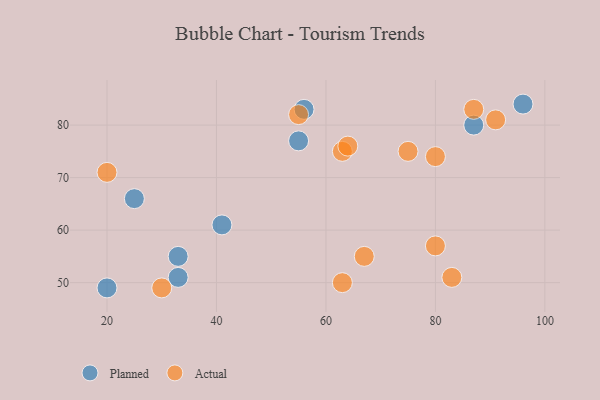
{"axis": {"x": "GDP", "y": "Life Expectancy"}, "legend": ["Actual", "Planned"], "data": [{"x": "55", "y": 77, "type": "Planned"}, {"x": "25", "y": 66, "type": "Planned"}, {"x": "41", "y": 61, "type": "Planned"}, {"x": "33", "y": 51, "type": "Planned"}, {"x": "33", "y": 55, "type": "Planned"}, {"x": "87", "y": 80, "type": "Planned"}, {"x": "56", "y": 83, "type": "Planned"}, {"x": "96", "y": 84, "type": "Planned"}, {"x": "20", "y": 49, "type": "Planned"}, {"x": "91", "y": 81, "type": "Actual"}, {"x": "80", "y": 57, "type": "Actual"}, {"x": "83", "y": 51, "type": "Actual"}, {"x": "63", "y": 75, "type": "Actual"}, {"x": "55", "y": 82, "type": "Actual"}, {"x": "64", "y": 76, "type": "Actual"}, {"x": "80", "y": 74, "type": "Actual"}, {"x": "87", "y": 83, "type": "Actual"}, {"x": "63", "y": 50, "type": "Actual"}, {"x": "30", "y": 49, "type": "Actual"}, {"x": "20", "y": 71, "type": "Actual"}, {"x": "67", "y": 55, "type": "Actual"}, {"x": "75", "y": 75, "type": "Actual"}]}